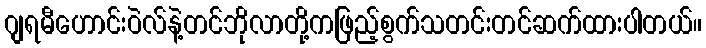
ဂျရမီဟောင်းဝဲလ်နဲ့တင်ဘိုလာတို့ကဖြည့်စွက်သတင်းတင်ဆက်ထားပါတယ်။